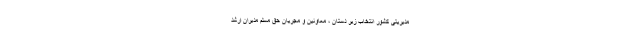
مدیریتی کشور انتخاب زیر دستان ، معاونین و مجریان حق مسلم مدیران ارشد